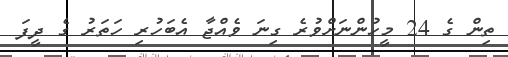
ތިން ގެ 24 މީހުންނަށްވުރެ ގިނަ ވެއްޖާ އެބަހުރި ހަތަރު ގެ ދީފަ